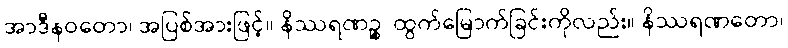
အာဒီနဝတော၊ အပြစ်အားဖြင့်။ နိဿရဏဉ္စ၊ ထွက်မြောက်ခြင်းကိုလည်း။ နိဿရဏတော၊